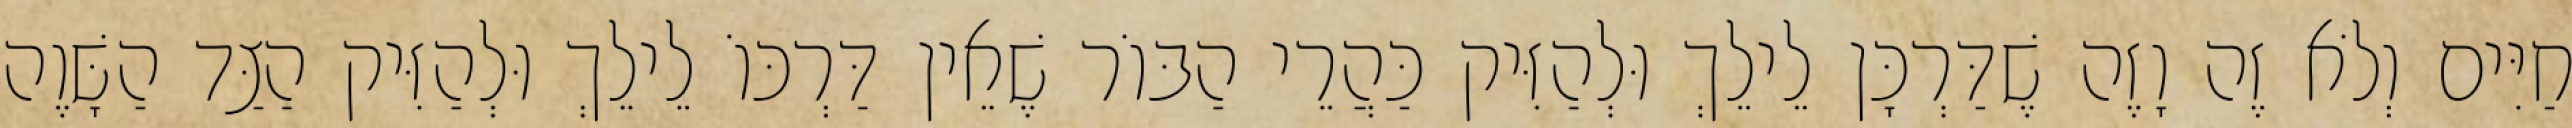
חַיִּים וְלֹא זֶה וָזֶה שֶׁדַּרְכָּן לֵילֵךְ וּלְהַזִּיק כַּהֲרֵי הַבּוֹר שֶׁאֵין דַּרְכּוֹ לֵילֵךְ וּלְהַזִּיק הַצַּד הַשָּׁוֶה